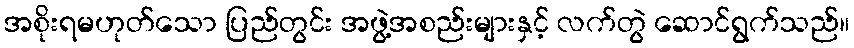
အစိုးရမဟုတ်သော ပြည်တွင်း အဖွဲ့အစည်းများနှင့် လက်တွဲ ဆောင်ရွက်သည်။